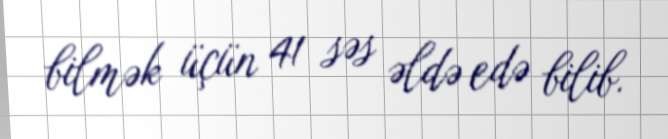
bilmək üçün 41 səs əldə edə bilib.